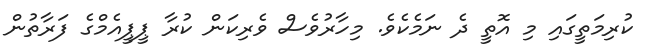
ކުރިމަތީގައި މި އޮތީ ދެ ނަމެކެވެ. މިހާރުވެސް ވެރިކަން ކުރާ ޕީޕީއެމްގެ ފަރާތުން